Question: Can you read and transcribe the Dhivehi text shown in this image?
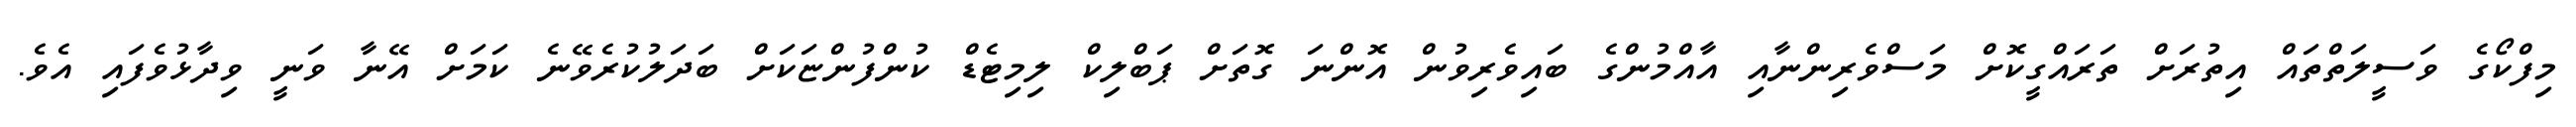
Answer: މިފްކޯގެ ވަސީލަތްތައް އިތުރަށް ތަރައްގީކޮށް މަސްވެރިންނާއި އާއްމުންގެ ބައިވެރިވުން އޮންނަ ގޮތަށް ޕަބްލިކް ލިމިޓެޑް ކުންފުންޏަކަށް ބަދަލުކުރެވޭނެ ކަމަށް އޭނާ ވަނީ ވިދާޅުވެފައި އެވެ.